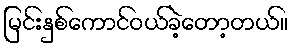
မြင်းနှစ်ကောင်ဝယ်ခဲ့တော့တယ်။